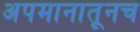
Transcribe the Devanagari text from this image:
अपमानातूनच